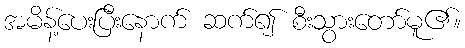
အမိန့်ပေးပြီးနောက် ဆက်၍ စီးသွားတော်မူ၏။